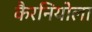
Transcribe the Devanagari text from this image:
कैरनियोला